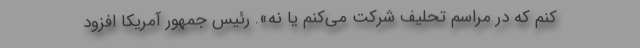
کنم که در مراسم تحلیف شرکت می‌کنم یا نه». رئیس جمهور آمریکا افزود